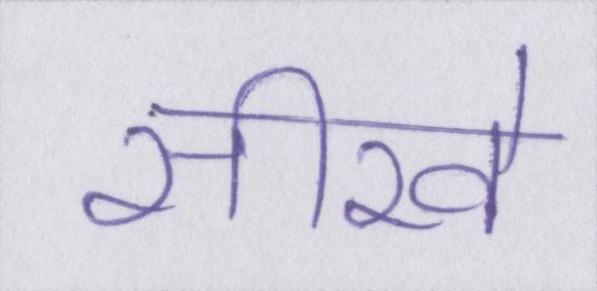
सीखे